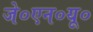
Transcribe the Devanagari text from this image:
जे०एन०यू०